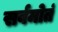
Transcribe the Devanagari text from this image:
सर्वमोतं